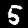
Digit: 5